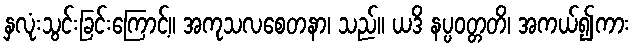
နှလုံးသွင်းခြင်းကြောင့်။ အကုသလစေတနာ၊ သည်။ ယဒိ နပ္ပဝတ္တတိ၊ အကယ်၍ကား